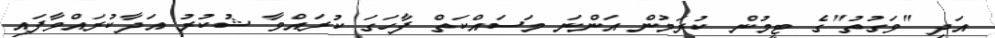
އަދި "ވަގުތު"ގެ ޓީމުން ކުރަމުން އަންނަ މަސައްކަތް ފާހަގަ ކުރައްވާ ޝުކުރު އަދާކުރައްވާފައި